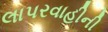
લાપરવાહીની